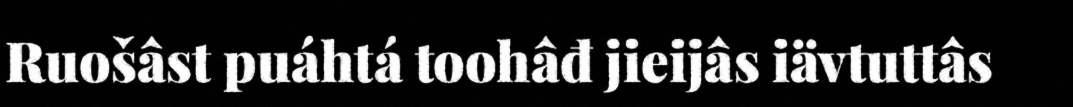
Ruošâst puáhtá toohâđ jieijâs iävtuttâs